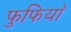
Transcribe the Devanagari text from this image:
फुफियाॅ